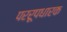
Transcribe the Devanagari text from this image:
पररूपधारक